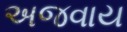
અજવાય